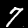
Digit: 7